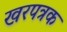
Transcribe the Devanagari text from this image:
खरपत्रक